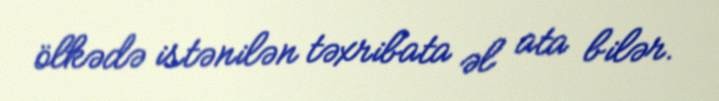
ölkədə istənilən təxribata əl ata bilər.